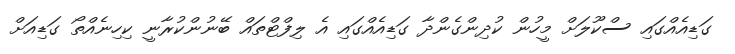
ގަޑިއެއްގައި ސްކޫލަށް މީހުން ކުދިންގެންދާ ގަޑިއެއްގައި އެ ލިފްޓްތައް ބޭނުންކުރާނީ ކިހިނެއްތޯ ގަޑިއަށް